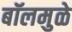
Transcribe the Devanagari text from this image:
बॉलमुळे